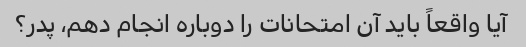
آیا واقعاً باید آن امتحانات را دوباره انجام دهم، پدر؟